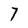
Character: 7